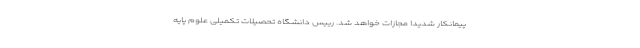
پیمانکار شدیدا مجازات خواهد شد. رییس دانشگاه تحصیلات تکمیلی علوم پایه